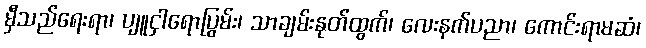
မှီသည်ရေးရာ၊ ပျူငှါရောပြွမ်း၊ သာချမ်းနုတ်ထွက်၊ လေးနက်ပညာ၊ ကောင်းရာမဆံ၊